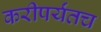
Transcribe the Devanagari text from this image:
करीपर्यंतच